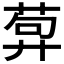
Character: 𦴳